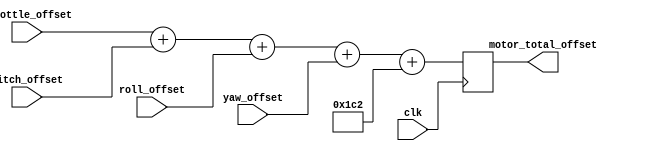
/* 
Module sums up 8-bit offset values from reciever_offset_generators.v and 
generates an 8-bit duty cycle value 0%(8'h00) to 100%(8'h64) for pwm_generator.v
*/

module motor_offset_summer (motor_total_offset, pitch_offset, roll_offset, yaw_offset, throttle_offset, clk);
	
	output reg [10:0] motor_total_offset;	// 10-bit value output 
	input      [10:0] throttle_offset; 		// 10-bit value input
	input      [10:0] pitch_offset; 		// 10-bit value input
	input      [10:0] roll_offset; 			// 10-bit value input
	input      [10:0] yaw_offset;			// 10-bit value input
	input            clk;
	
	always@ (posedge clk )begin
		motor_total_offset <= throttle_offset+pitch_offset+roll_offset+yaw_offset+450;
	// 450 is the base duty cycle value (45%) that is required for the ESCs to keep motors idle 
	end
	
endmodule